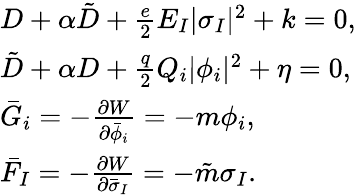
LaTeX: \begin{array}{ll}{{D+\alpha\tilde{D}+\frac{e}{2}E_{I}|\sigma_{I}|^{2}+k=0,}}\\ {{\tilde{D}+\alpha D+\frac{q}{2}Q_{i}|\phi_{i}|^{2}+\eta=0,}}\\ {{\bar{G}_{i}=-\frac{\partial W}{\partial\bar{\phi}_{i}}=-m\phi_{i},}}\\ {{\bar{F}_{I}=-\frac{\partial W}{\partial\bar{\sigma}_{I}}=-\tilde{m}\sigma_{I}.}}\end{array}